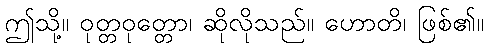
ဤသို့။ ဝုတ္တဝုတ္တော၊ ဆိုလိုသည်။ ဟောတိ၊ ဖြစ်၏။